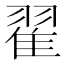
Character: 翟